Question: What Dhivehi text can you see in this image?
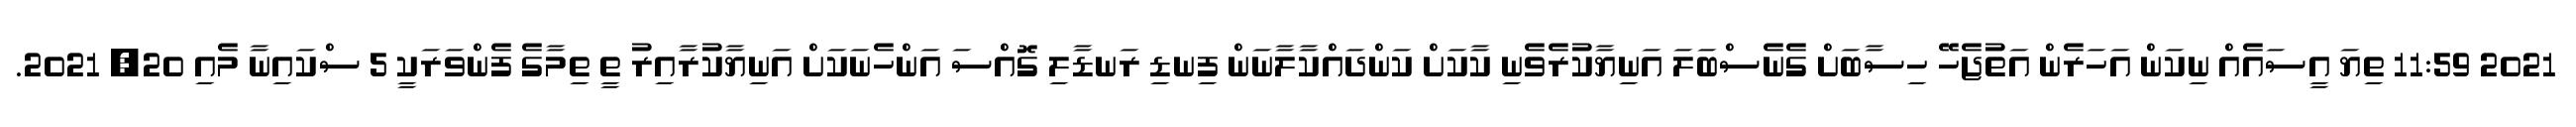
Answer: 2021 11:59 ތިޔަ އީސައެއް ނިކަން އަހަރެން އަތުޖެހޭ ހިސާބަށް ގެނެސްބަލަ އަނިޔާކުރެވެނި ކާކަށް ކަންދައްކާލާނަން ފިނޑި ރަނޑާލި ގޮއްސަ އަންހެނަކަށް އަނިޔާކުރާއިރު ތީ ތިމާގެ ފެންވަރަކީ 5 ސްކައިނާ މެއި 20, 2021.